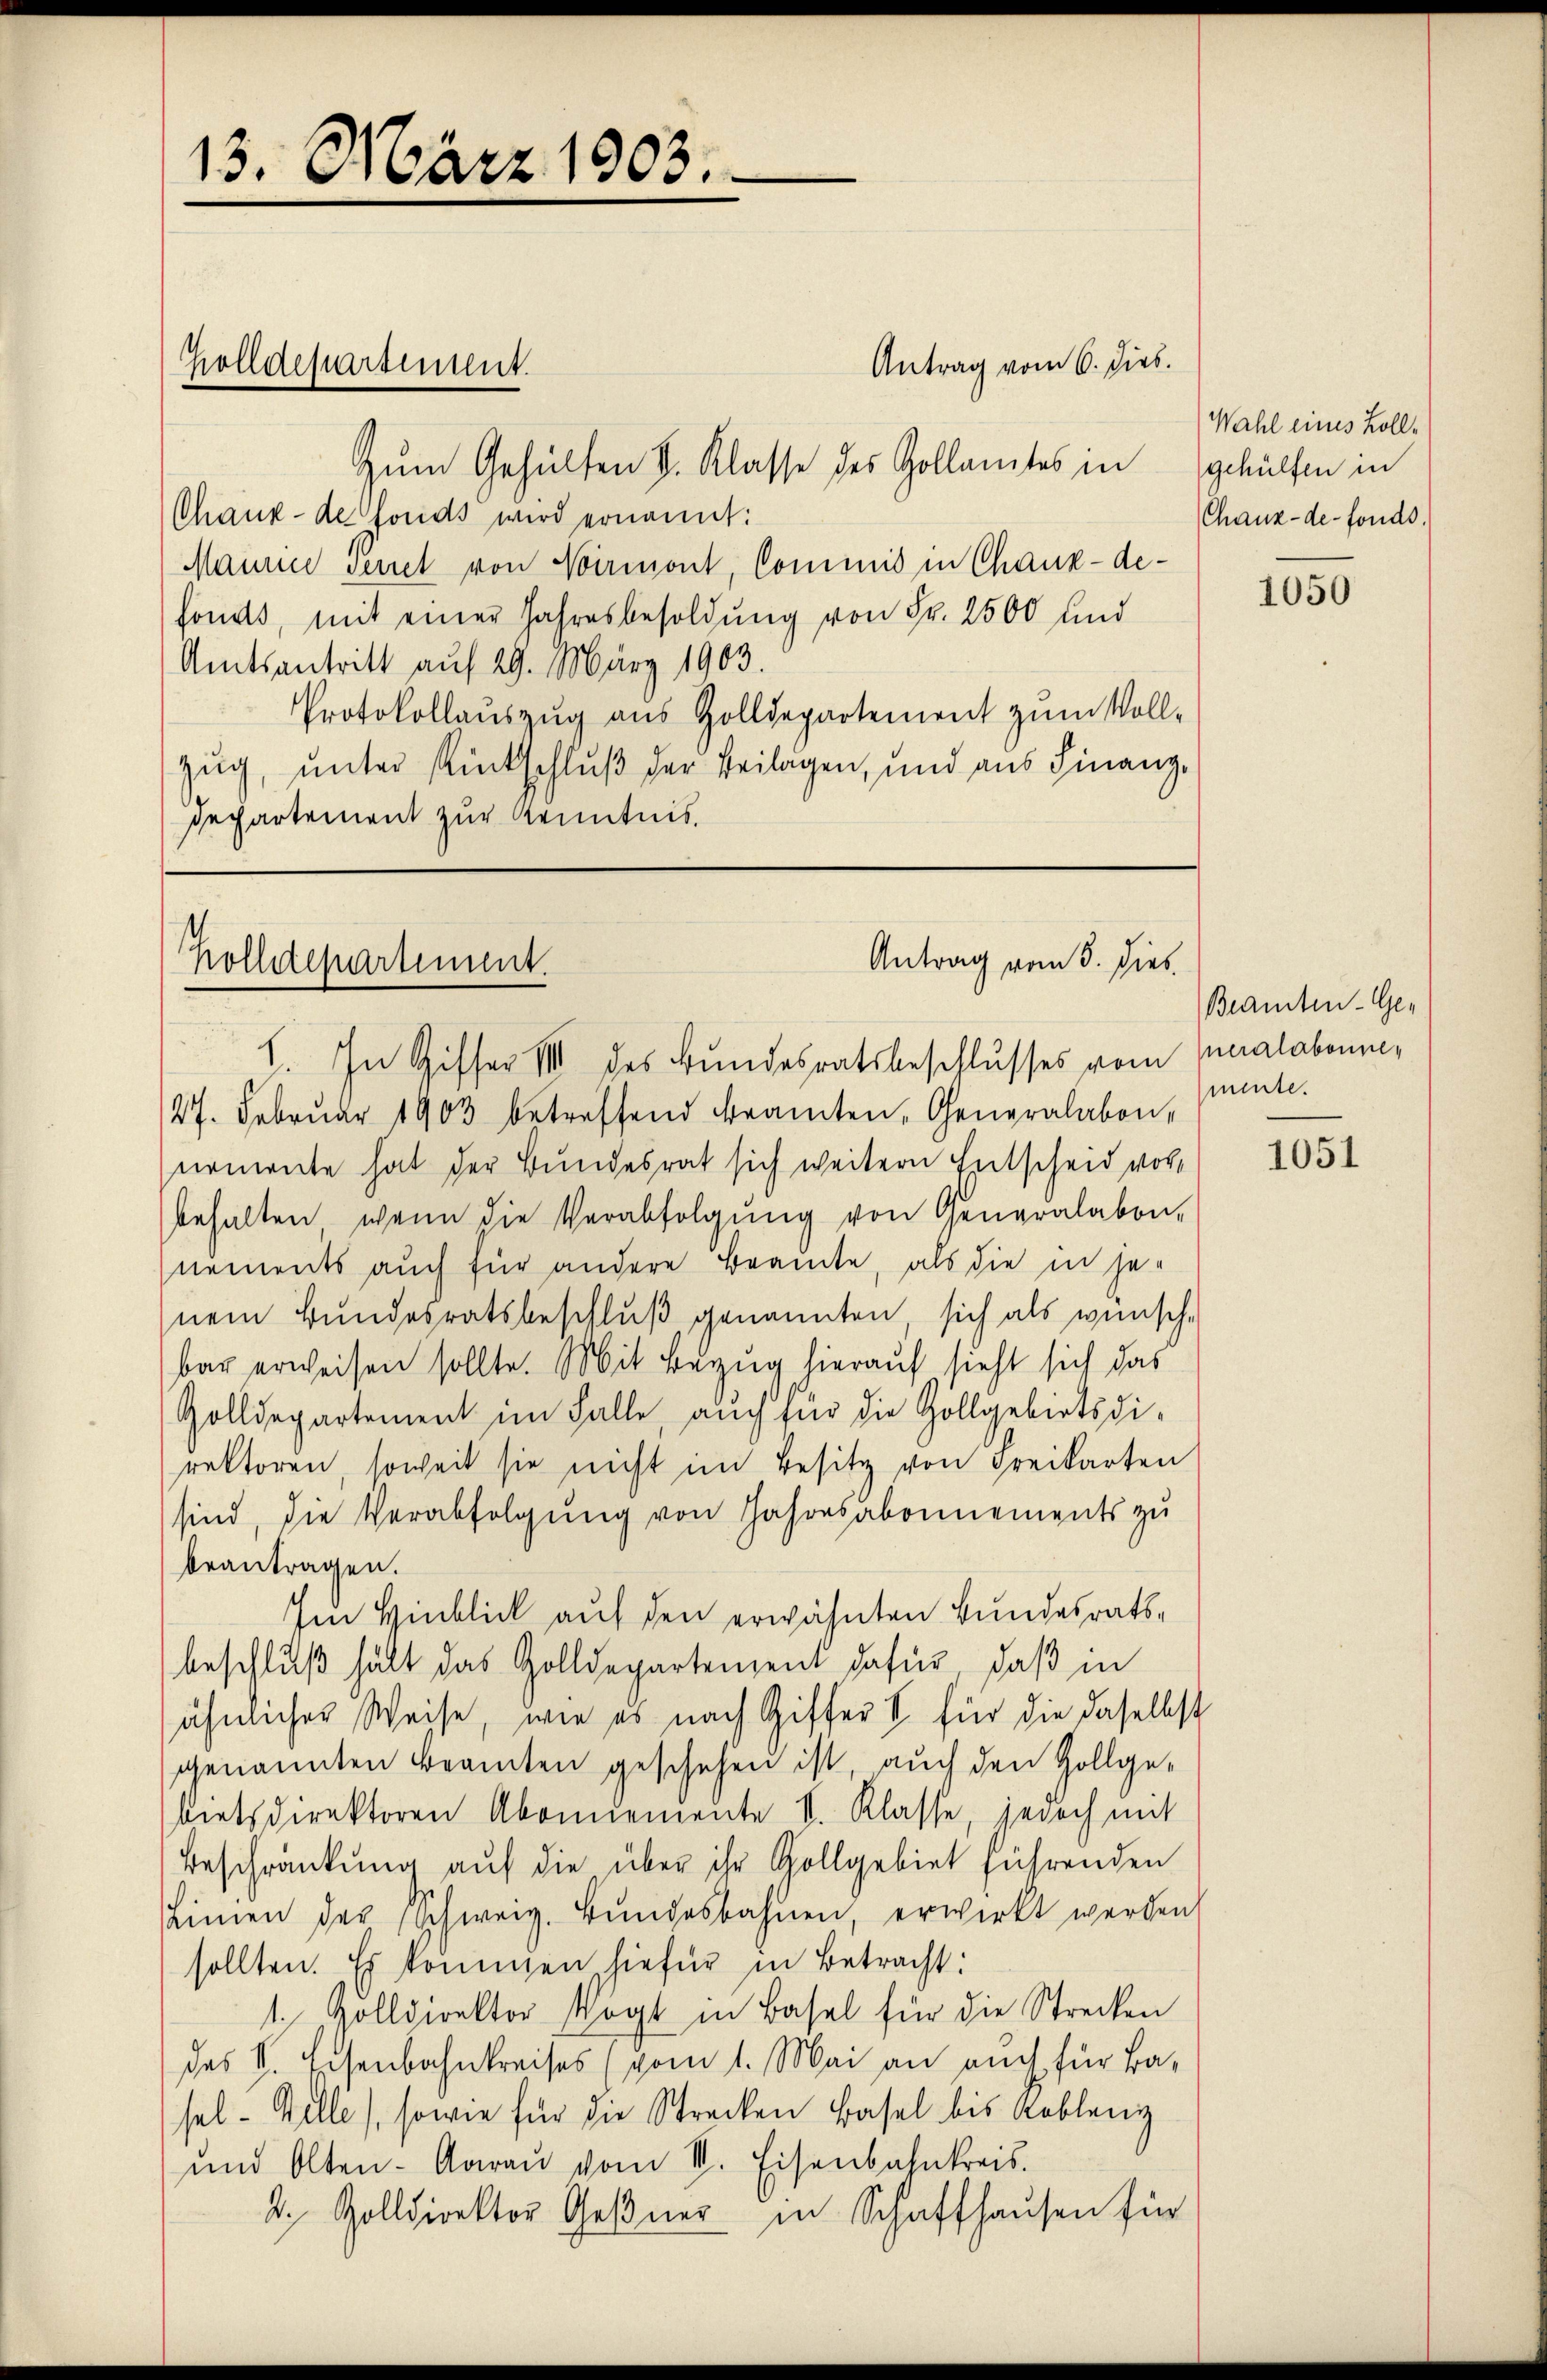
13. März 1903.

Zum Gehülten V. Klasse des Zollamtes in gehülfen in
Chaux-de fonds wird ernannt:
Maurice veret von Noirmont, Commis in Chaux-de-
fonds, mit einer Jahresbesoldung von Fr. 2500 und
Amtsantritt auf 29. März 1903.
Protokollauszug aus Zolldepartement zum Voll-
Zug, unter Rückschluß der Beilagen, und aus Finanz¬
Departement zur Kenntnis.

holldepartement.

Antrag vom 6. dies

Antrag vom 5. Dies
Holldepartement.

1. In Gisser III des Bundesratsbeschlusses vom Moralabonne¬
27. Februar 1903 betreffend Beamten, Generalabon,
nomente hat der Bundesrat sich weitern Entscheid vorbehalten, wenn die Verabfolgŭng von Generalabon,
nements auch für andere Beamte, als die in jenem Bundesratsbeschluß genannten, sich als wünsch
bar erweisen sollte. Mit Bezug hierauf sieht sich das
Zolldepartement im Falle, auch für die Gollgebietsdirektoren, soweit sie nicht im Besitz von Freikarten
sind, die Verabfolgŭng von Jahresabonnements zu
beantragen.
Im Hinblick auf den erwähnten Bundesratsbeschluß hält das Zolldepartement dafür, daß in
ähnlicher Weise, wie es nach Ziffer & für die daselbst
genannten Beamten geschehen ist, auch den Gollge-
bietsdirektoren Abonnemente V. Klasse jedoch mit
Beschränkung auf die über ihr Gollgebiet führenden
Linien der Schweiz. Bŭndesbahnen, erwirkt werden,
sollten. Es kommen hiefür in Betracht:
1. Kolldirektor Vogt in Basel für die Strecken
des V. Eisenbahnkreises (vom 1. Mai an auch für Basel. Wille, sowie für die Strecken Basel bis Koblenz
und Olten-Aarau vom III. Eisenbahnkreis.
2. Zolldirektor Geßner in Schaffhausen für

Wahl eines Holl¬
Chaux-de-Fonds.

1050

Beamten-Gemente.

1051